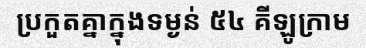
ប្រកួតគ្នាក្នុងទម្ងន់ ៥៤ គីឡូក្រាម